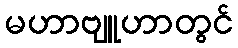
မဟာဗျူဟာတွင်